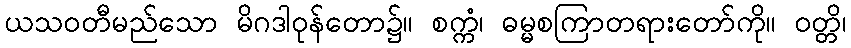
ယသဝတီမည်သော မိဂဒါဝုန်တော၌။ စက္ကံ၊ ဓမ္မစကြာတရားတော်ကို။ ဝတ္တိ၊